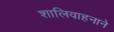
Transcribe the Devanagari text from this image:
शालिवाहनाने